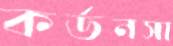
কর্ডনসা